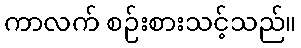
ကာလက် စဉ်းစားသင့်သည်။